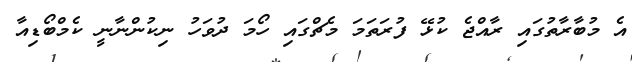
އެ މުބާރާތުގައި ރާއްޖެ ކުޅޭ ފުރަތަމަ މެޗްގައި ހޯމަ ދުވަހު ނިކުންނާނީ ކެމްބޯޑިއާ